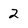
Character: 2